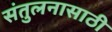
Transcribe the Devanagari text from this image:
संतुलनासाठी